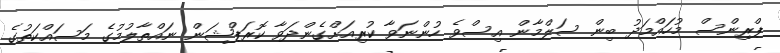
ޕްރިންސް މުހައްމަދު ބިން ސަލްމާން އިސްވެ ހުންނަވާ ކުރިއަށްގެންދަވާ ކޮރަޕްޝަން ނައްތާލުމުގެ މަސައްކަތުގެ